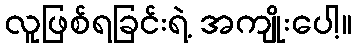
လူဖြစ်ရခြင်းရဲ့ အကျိုးပေါ့။